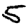
Digit: 5